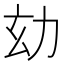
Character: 𠡆